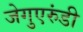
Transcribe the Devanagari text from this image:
जेगुएरुंडी